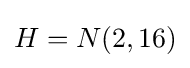
H=N(2,16)